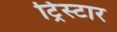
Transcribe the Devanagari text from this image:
ट्रिस्‍टार